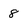
Character: 8